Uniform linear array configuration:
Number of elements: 64
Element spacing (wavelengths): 1
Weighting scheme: hamming
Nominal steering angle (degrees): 30
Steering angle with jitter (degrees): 31.32
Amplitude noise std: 0.05
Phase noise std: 0.05

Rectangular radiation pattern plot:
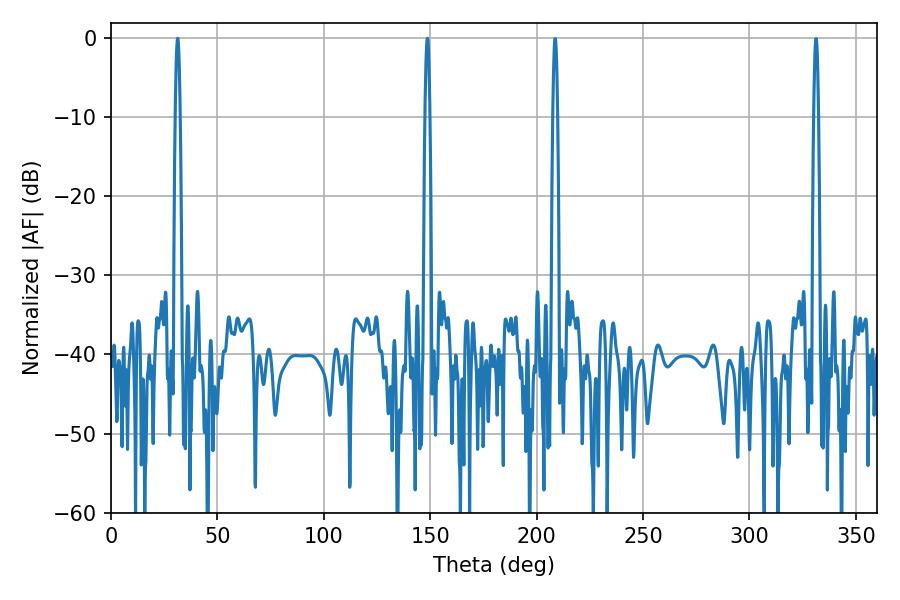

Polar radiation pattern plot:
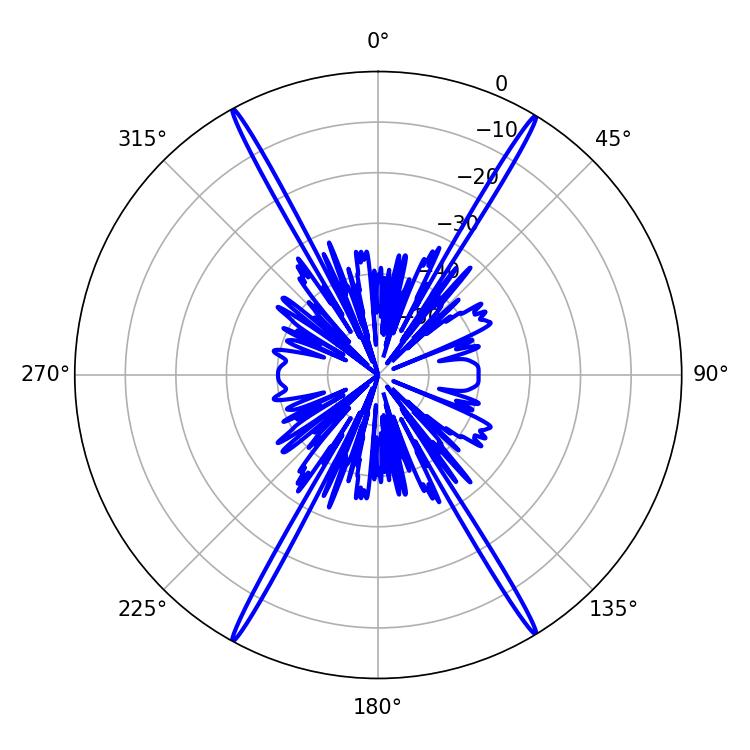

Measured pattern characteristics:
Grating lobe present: TRUE
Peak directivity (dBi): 28.765
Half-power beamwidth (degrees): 1.08
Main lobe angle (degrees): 31.32